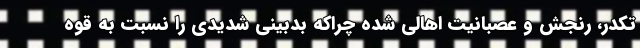
تکدر، رنجش و عصبانیت اهالی شده چراکه بدبینی شدیدی را نسبت به قوه‌